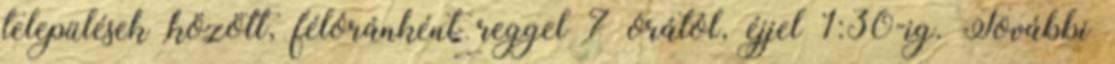
települések között, félóránként reggel 7 órától, éjjel 1:30-ig. További